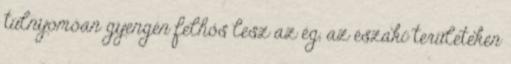
túlnyomóan gyengén felhős lesz az ég, az északi területeken